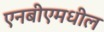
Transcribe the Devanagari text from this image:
एनबीएमधील